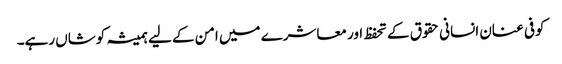
کوفی عنان انسانی حقوق کے تحفظ اور معاشرے میں امن کے لیے ہمیشہ کوشاں رہے۔